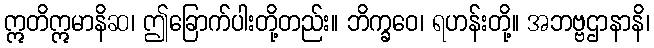
ဣတိဣမာနိဆ၊ ဤခြောက်ပါးတို့တည်း။ ဘိက္ခဝေ၊ ရဟန်းတို့။ အဘဗ္ဗဌာနာနိ၊